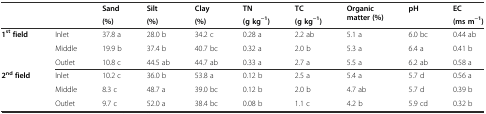
<table><thead><tr><td rowspan="2" colspan="2"></td><td><b>Sand</b></td><td><b>Silt</b></td><td><b>Clay</b></td><td><b>TN</b></td><td><b>TC</b></td><td rowspan="2"><b>Organic matter (%)</b></td><td rowspan="2"><b>pH</b></td><td><b>EC</b></td></tr><tr><td><b>(%)</b></td><td><b>(%)</b></td><td><b>(%)</b></td><td><b>(g kg<sup>−1</sup>)</b></td><td><b>(g kg<sup>−1</sup>)</b></td><td><b>(ms m<sup>−1</sup>)</b></td></tr></thead><tbody><tr><td rowspan="3"><b>1</b><sup><b>st</b></sup><b>field</b></td><td>Inlet</td><td>37.8 a</td><td>28.0 b</td><td>34.2 c</td><td>0.28 a</td><td>2.2 ab</td><td>5.1 a</td><td>6.0 bc</td><td>0.44 ab</td></tr><tr><td>Middle</td><td>19.9 b</td><td>37.4 b</td><td>40.7 bc</td><td>0.32 a</td><td>2.0 b</td><td>5.3 a</td><td>6.4 a</td><td>0.41 b</td></tr><tr><td>Outlet</td><td>10.8 c</td><td>44.5 ab</td><td>44.7 ab</td><td>0.33 a</td><td>2.7 a</td><td>5.5 a</td><td>6.2 ab</td><td>0.58 a</td></tr><tr><td rowspan="3"><b>2</b><sup><b>nd</b></sup><b>field</b></td><td>Inlet</td><td>10.2 c</td><td>36.0 b</td><td>53.8 a</td><td>0.12 b</td><td>2.5 a</td><td>5.4 a</td><td>5.7 d</td><td>0.56 a</td></tr><tr><td>Middle</td><td>8.3 c</td><td>48.7 a</td><td>39.0 bc</td><td>0.12 b</td><td>2.0 b</td><td>4.7 ab</td><td>5.7 d</td><td>0.39 b</td></tr><tr><td>Outlet</td><td>9.7 c</td><td>52.0 a</td><td>38.4 bc</td><td>0.08 b</td><td>1.1 c</td><td>4.2 b</td><td>5.9 cd</td><td>0.32 b</td></tr></tbody></table>